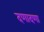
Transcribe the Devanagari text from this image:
दणादणा